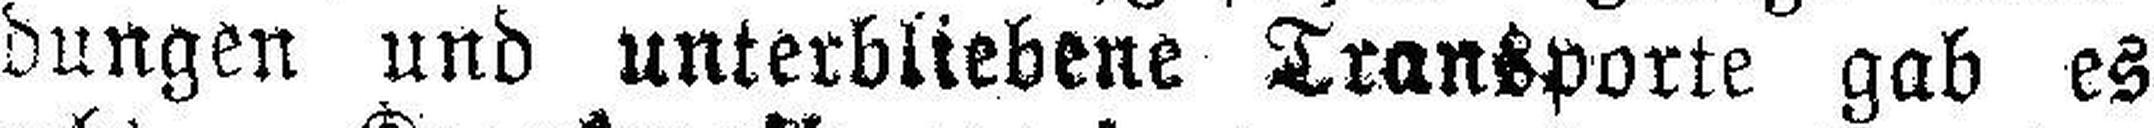
dungen und unterbliebene Transporte gab es